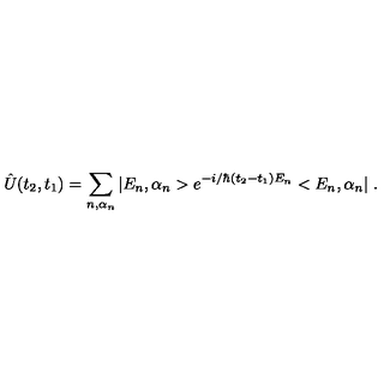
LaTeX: \hat { U } ( t _ { 2 } , t _ { 1 } ) = \sum _ { n , \alpha _ { n } } | E _ { n } , \alpha _ { n } > e ^ { - i / \hbar ( t _ { 2 } - t _ { 1 } ) E _ { n } } < E _ { n } , \alpha _ { n } | \ .